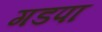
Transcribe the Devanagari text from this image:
गडपा